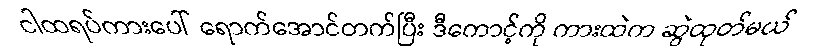
ငါထရပ်ကားပေါ် ရောက်အောင်တက်ပြီး ဒီကောင့်ကို ကားထဲက ဆွဲထုတ်မယ်